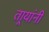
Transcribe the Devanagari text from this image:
तार्‍यांनी